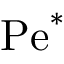
\mathrm { P e } ^ { * }